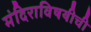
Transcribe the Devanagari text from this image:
मंदिराविषयीची